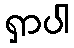
ရှာပါ